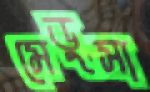
মেডুসা